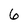
Character: 6